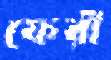
ফেরী